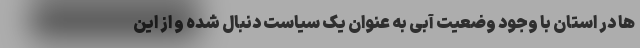
ها در استان با وجود وضعیت آبی به عنوان یک سیاست دنبال شده و از این